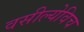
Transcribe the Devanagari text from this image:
वसील्येविच